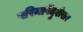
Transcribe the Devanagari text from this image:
परिमाषेंदुशेखर